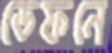
ডেফনে